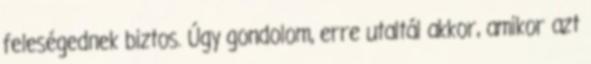
feleségednek biztos. Úgy gondolom, erre utaltál akkor, amikor azt